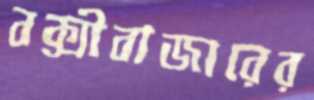
বক্সীবাজারের